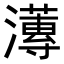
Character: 𭳚